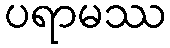
ပရာမဿ